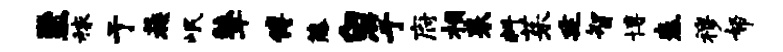
至稼亍蔟岷鼙傅藤白竽府相耒料茱廷智博奏穆帑